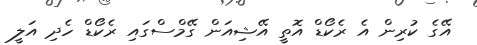
އޭގެ ކުރިން އެ ރެކޯޑް އޮތީ އޭޝިއަން ގޭމްސްގައި ރެކޯޑް ހެދި އަލީ